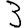
Digit: 3